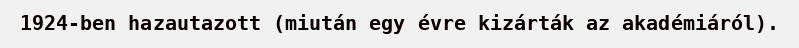
1924-ben hazautazott (miután egy évre kizárták az akadémiáról).